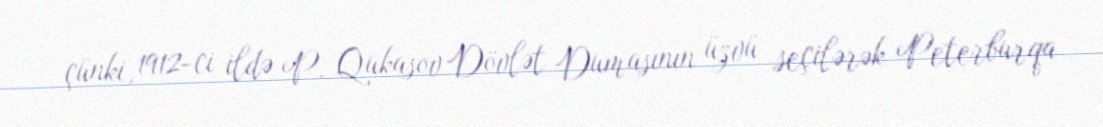
çünki, 1912-ci ildə P. Qukasov Dövlət Dumasının üzvü seçilərək Peterburqa